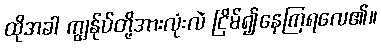
ထိုအခါ ကျွန်ုပ်တို့အားလုံးလဲ ငြိမ်၍နေကြရလေ၏။